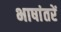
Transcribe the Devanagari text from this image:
भाषांतरें